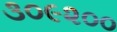
૩૦૯૨૦૦